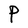
Character: P